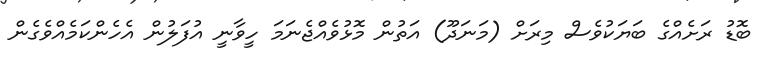
ބޮޑު ރަށެއްގެ ބަޔަކުވެސް މިރަށް (މަނަދޫ) އަތުން މޮޅުވެއްޖެނަމަ ހީވާނީ އުފަލުން އެހެންކަމެއްވެގެން